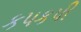
કપકપી